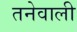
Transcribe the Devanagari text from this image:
तनेवाली